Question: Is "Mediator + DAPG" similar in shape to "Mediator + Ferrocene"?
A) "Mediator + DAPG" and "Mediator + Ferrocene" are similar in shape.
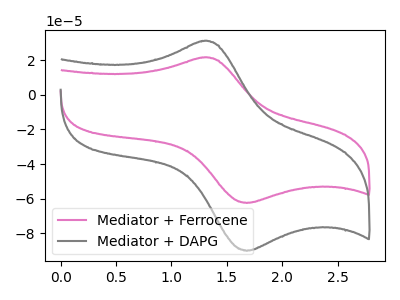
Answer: <think>The pink curve "Mediator + Ferrocene" has an anodic peak at (1.30V, 21.50uA) and a cathodic peak at (1.70V, -62.40uA). The gray curve "Mediator + DAPG" has an anodic peak at (1.30V, 31.00uA) and a cathodic peak at (1.70V, -89.95uA).
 All the peaks in "Mediator + DAPG" have a peak in "Mediator + Ferrocene" at the same potential. Every peak in "Mediator + DAPG" is higher than every peak in "Mediator + Ferrocene".</think>
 <answer>A) "Mediator + DAPG" and "Mediator + Ferrocene" are similar in shape.</answer>
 <eval>A</eval>